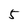
Character: 5